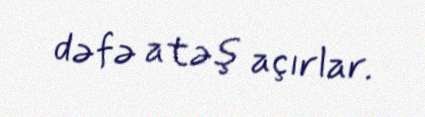
dəfə atəş açırlar.